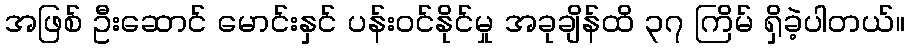
အဖြစ် ဦးဆောင် မောင်းနှင် ပန်းဝင်နိုင်မှု အခုချိန်ထိ ၃၇ ကြိမ် ရှိခဲ့ပါတယ်။